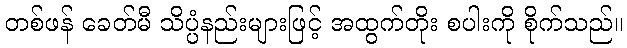
တစ်ဖန် ခေတ်မီ သိပ္ပံနည်းများဖြင့် အထွက်တိုး စပါးကို စိုက်သည်။